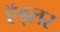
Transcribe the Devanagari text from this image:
ऍड्लर